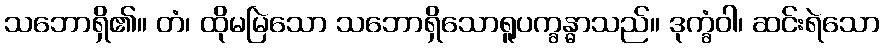
သဘောရှိ၏။ တံ၊ ထိုမမြဲသော သဘောရှိသောရူပက္ခန္ဓာသည်။ ဒုက္ခံဝါ၊ ဆင်းရဲသော